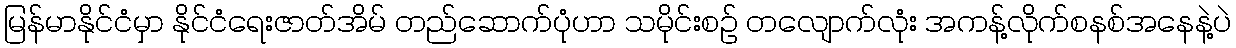
မြန်မာနိုင်ငံမှာ နိုင်ငံရေးဇာတ်အိမ် တည်ဆောက်ပုံဟာ သမိုင်းစဉ် တလျောက်လုံး အကန့်လိုက်စနစ်အနေနဲ့ပဲ